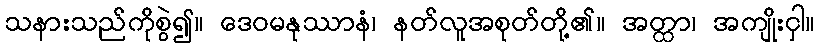
သနားသည်ကိုစွဲ၍။ ဒေဝမနုဿာနံ၊ နတ်လူအစုတ်တို့၏။ အတ္ထာ၊ အကျိုးငှါ။